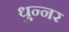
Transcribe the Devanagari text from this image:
धुन्नर